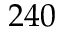
2 4 0